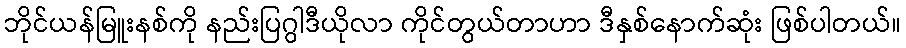
ဘိုင်ယန်မြူးနစ်ကို နည်းပြဂွါဒီယိုလာ ကိုင်တွယ်တာဟာ ဒီနှစ်နောက်ဆုံး ဖြစ်ပါတယ်။